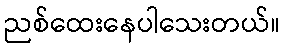
ညစ်ထေးနေပါသေးတယ်။